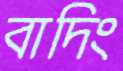
বাদিং